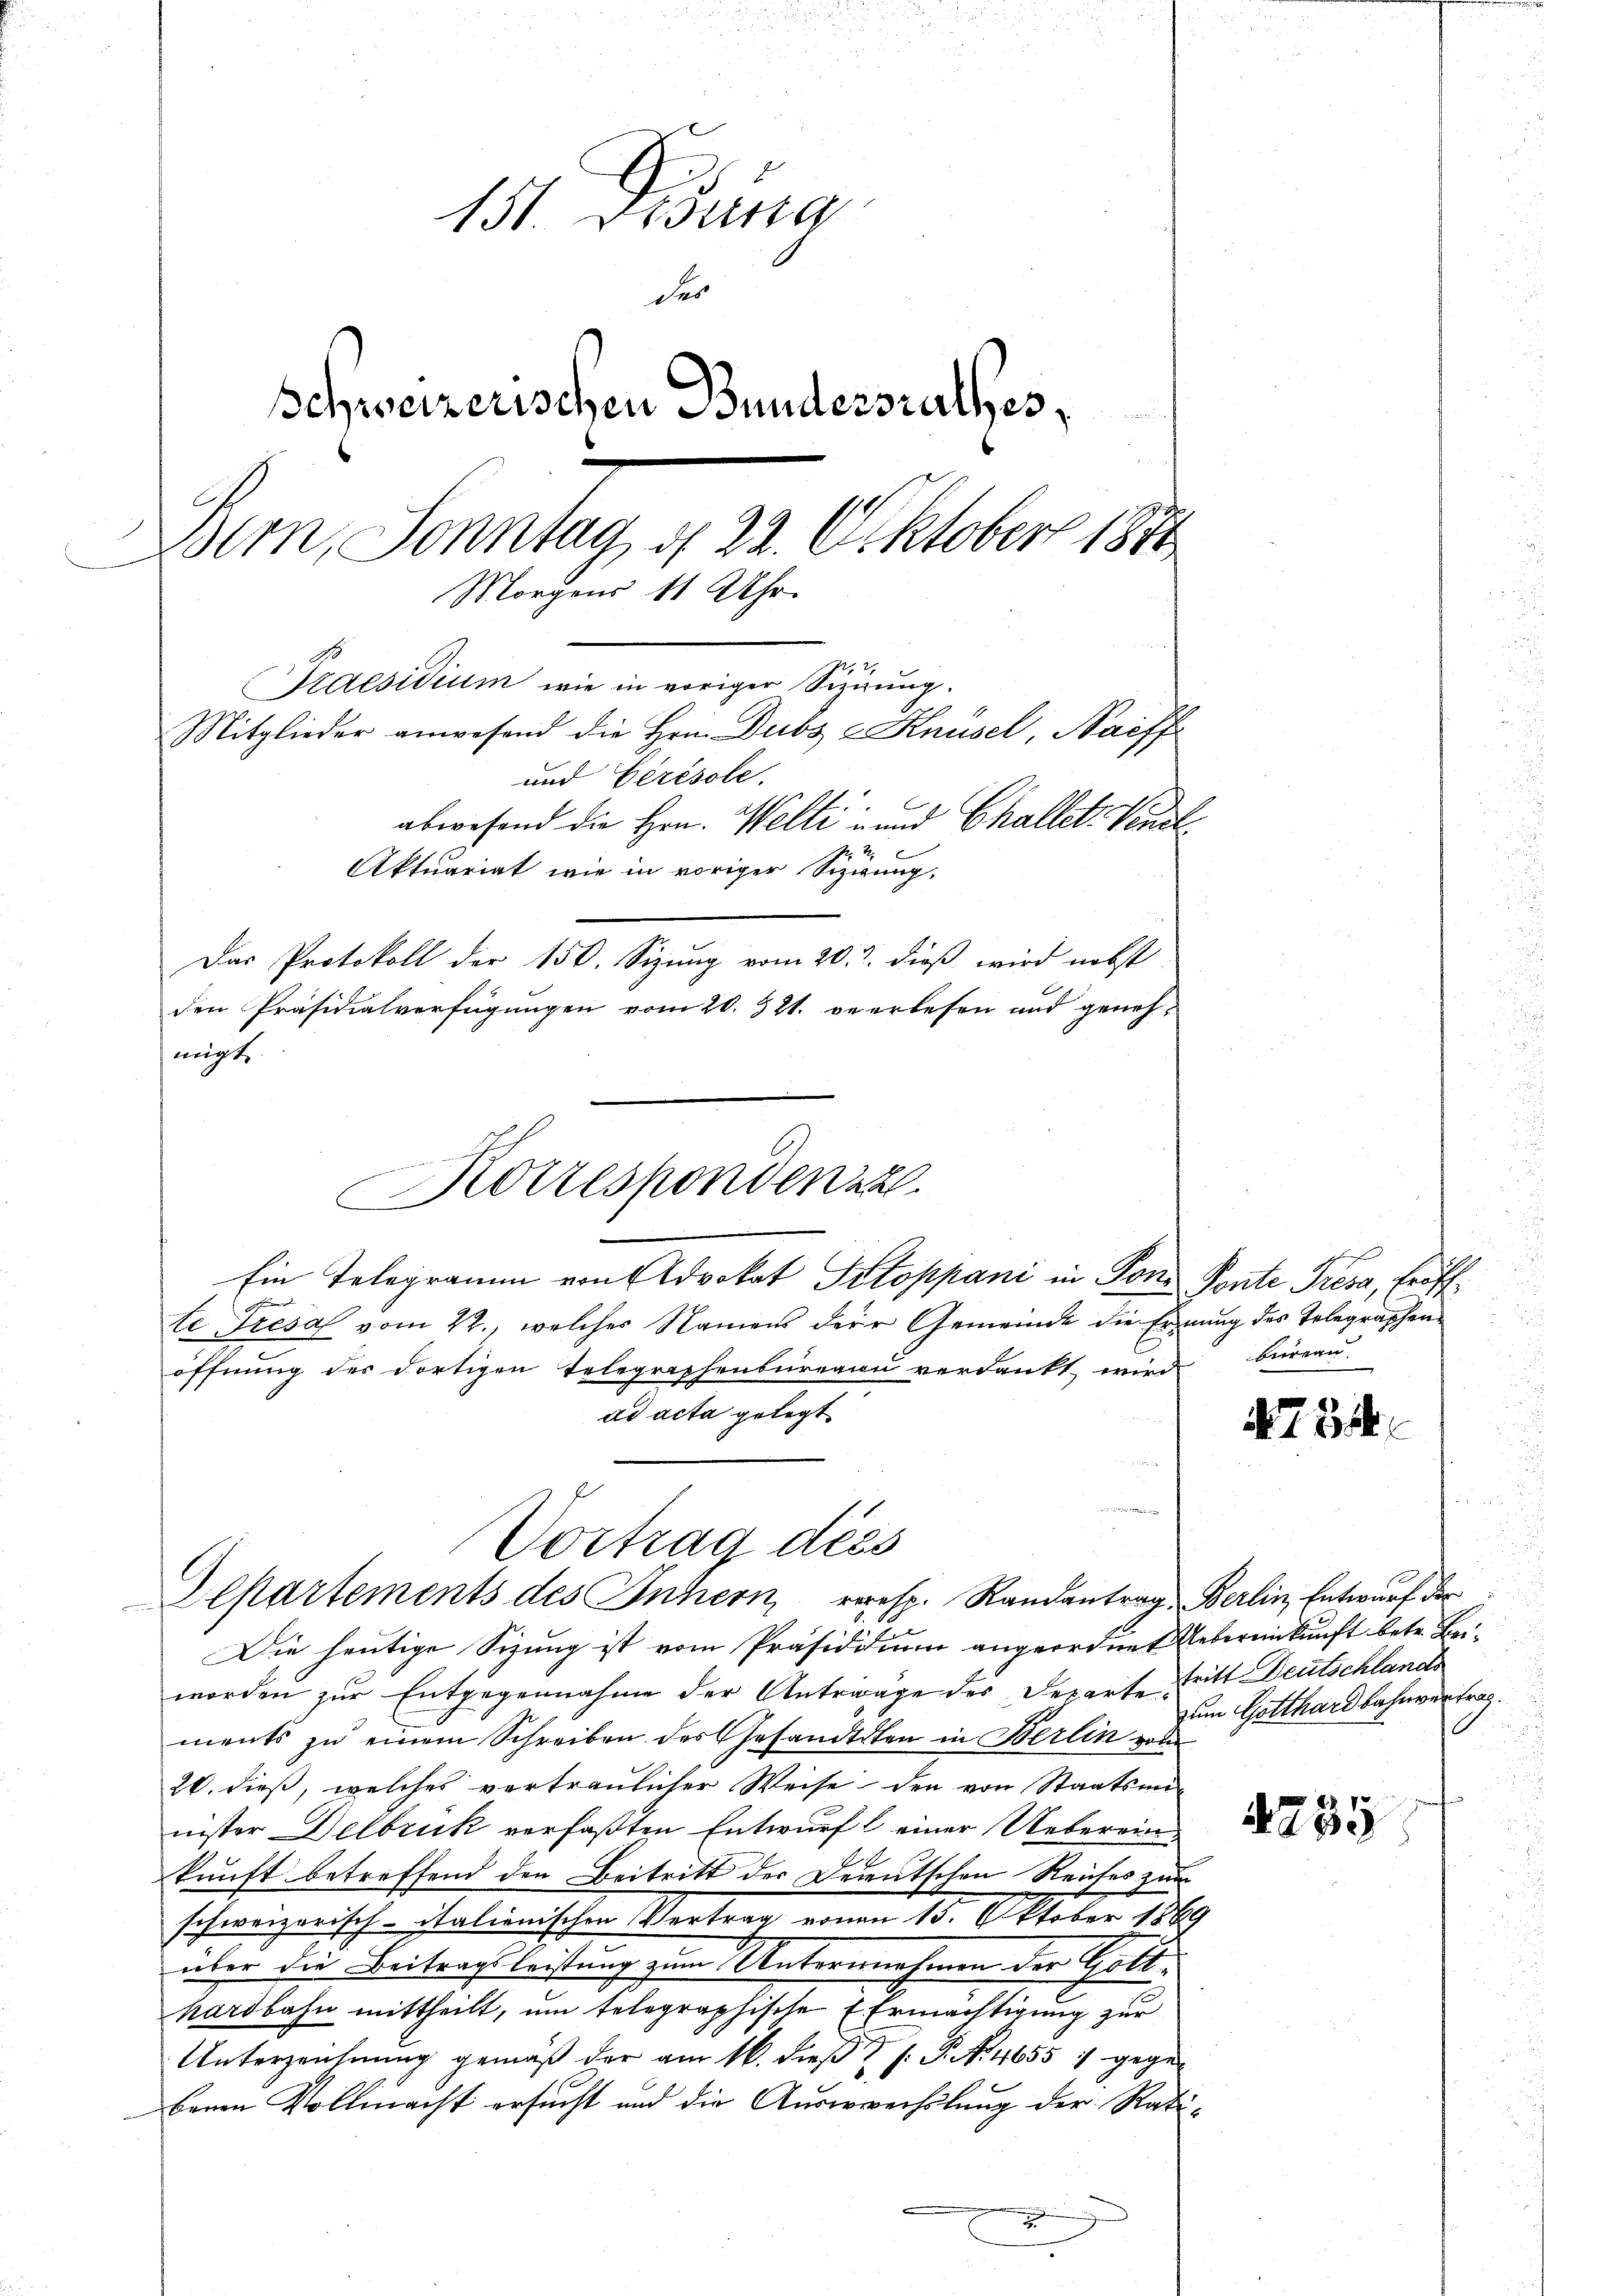
151. Dana
der
Schweizerischen Bundersrathes,
Bern, Sonntag, d. 22. Oktober 1871
Morgens 11 Uhr
227
Praesidium wie in voriger Sizirung.
Mitglieder anwesend die Hrn. Dubs z Knüsel, Naiff
und Gérésole
abwesend die Hrn. Welti und Challet. Vindl

Aktuariat wie in voriger Sizwung,

Das Protokoll der 150. Sizung vom 20. d. dieß wird nebst
den Präsidialverfügungen vom 20. 321. verlesen und geneh-
migt,
Korresponden 22.
Ein Telegramm von Advokat Pitoppani in Pon- Ponte Tresa, Eröffte Tresa vom 22., welches Namens dere Gemeinde die Erinung des Telegraphen-
öffnung des dortigen Telegraphenbureau verdankt wird
ad acta gelegt.

Vortrag dess
Departements des Innern, resp. Randantrag, Berlin, Entwurf der

Die heutige Sizung ist vom Präsiditium angeordnet Uebereinkunft betr. Beiworden zur Entgegennahme der Anträge des Departe Tritt Deutschlands
ments zu einem Schreiben des Gesandtiten in Berlin vol
20. dieß, welches vertraulicher Weise den von Staatsan
nister Delbruk verfaßten Entwurf einer Ueberein¬
2.
kunft betreffend den Beitritt der Deutschen Reiches zum
schweizerisch-Italienischen Vertrag von an 13. Oktober 1869
über die Beitragsleistung zum Unternehmen der Gotthardbahn mittheilt, um solegraphische Ermächtigung zur
Unterzeichnŭng gemäβ der am 16. dieβ 8 s. S. 4655 1 gegen
benen Vollmacht ersucht und die Auswechslung der Rati¬
.
e

i
bureau.

No 754

zum Gotthardbahnvertrag.

4755